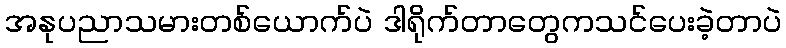
အနုပညာသမားတစ်ယောက်ပဲ ဒါရိုက်တာတွေကသင်ပေးခဲ့တာပဲ